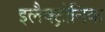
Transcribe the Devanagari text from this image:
इलैक्ट्रोनिक